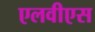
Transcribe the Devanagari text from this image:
एलवीएस